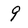
Character: 9